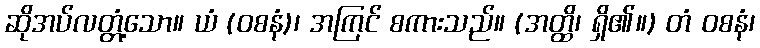
ဆိုအပ်လတ္တံ့သော။ ယံ (ဝစနံ)၊ အကြင် စကားသည်။ (အတ္ထိ၊ ရှိ၏။) တံ ဝစနံ၊